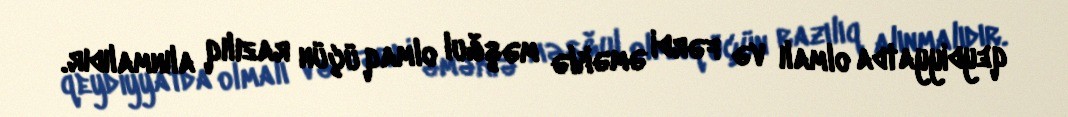
qeydiyyatda olmalı və fərdi əməklə məşğul olmaq üçün razılıq alınmalıdır.